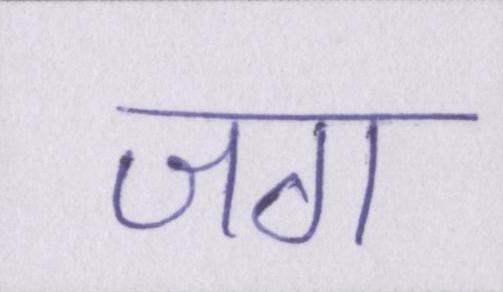
जग